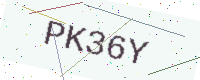
Text: PK36Y